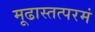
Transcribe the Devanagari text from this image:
मूढास्तत्परमं